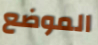
الموضع